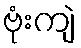
ဗုံးကျဲ